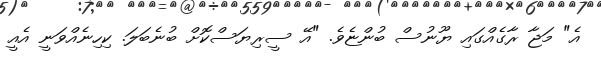
އެ" މަޖާ ރާގެއްގައި ޔޫނުސް ބުންޏެވެ. "އޭ ސީރިޔަސްކޮށް ބުނެބަލަ. ކިހިނެއްވަނީ އެއީ